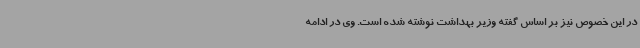
در این خصوص نیز بر اساس گفته وزیر بهداشت نوشته شده است. وی در ادامه